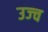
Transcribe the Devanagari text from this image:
उज्च